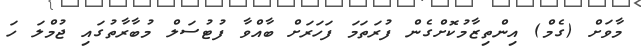
މާވަށް (ގެމް) އިންތިޒާމުކޮށްގެން ފުރަތަމަ ފަހަރަށް ބާއްވާ ފުޓުސަލް މުބާރާތުގައި ޖުމްލަ ހަ